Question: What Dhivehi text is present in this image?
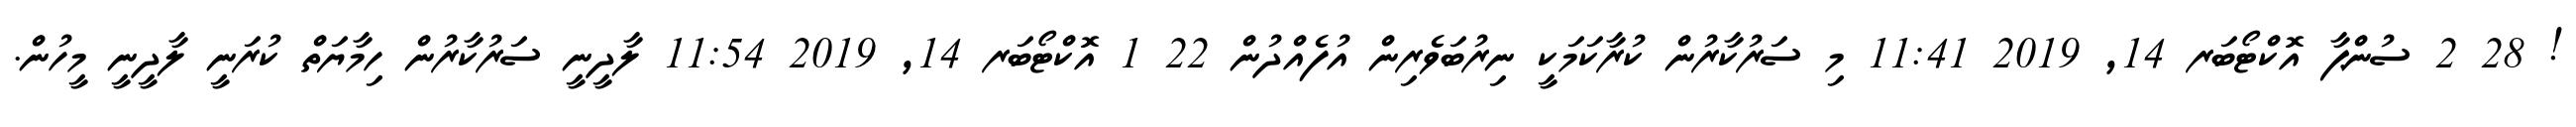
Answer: ! 28 2 ސުންޕާ އޮކްޓޯބަރ 14, 2019 11:41 މި ސަރުކާރުން ކުރާކަމަކީ ނިރުބަވެރިން އުފެއްދުން 22 1 އޮކްޓޯބަރ 14, 2019 11:54 ލާދީނީ ސަރުކާރުން ހިމާޔަތް ކުރަނީ ލާދީނީ މީހުން.